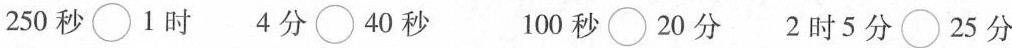
250秒\bigcirc 1时 4分\bigcirc 40秒